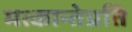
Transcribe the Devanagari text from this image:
मत्कान्तेप्रति